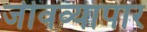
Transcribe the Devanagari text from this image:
जीवव्यापार